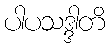
ပါပသဒ္ဒါတိ